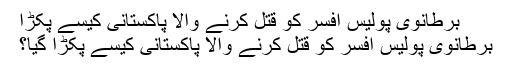
برطانوی پولیس افسر کو قتل کرنے والا پاکستانی کیسے پکڑا
برطانوی پولیس افسر کو قتل کرنے والا پاکستانی کیسے پکڑا گیا؟